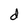
Character: d